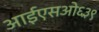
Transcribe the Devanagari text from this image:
आईएसओ६३९